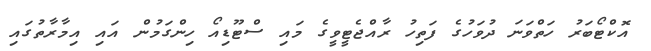
އޮކްޓޯބަރު ހަތްވަނަ ދުވަހުގެ ފަތިހު ރާއްޖެޓީވީގެ މައި ސްޓޫޑިއޯ ހިންގަމުން އައި އިމާރާތުގައި